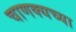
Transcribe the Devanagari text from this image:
चाणक्यच्या